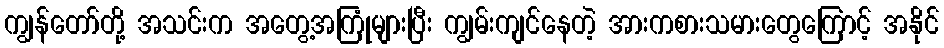
ကျွန်တော်တို့ အသင်းက အတွေ့အကြုံများပြီး ကျွမ်းကျင်နေတဲ့ အားကစားသမားတွေကြောင့် အနိုင်